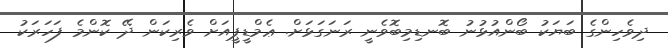
ދިވެހިންގެ ބަޔަކު ބޯންއުޅުނު ބޮނޑިމިބޮވެނީ ރަނަގަޅަށް. ޢެމްޑީޕީއަށް ވެރިކަން ދޭ ކޮންމެ ފަހަރަކު